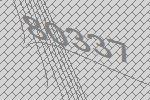
80337